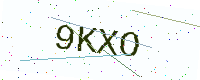
Text: 9KXO